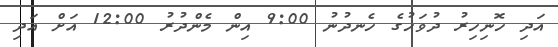
އަދި ހޮނިހިރު ދުވަހުގެ ހެނދުނު 9:00 އިން މެންދުރު 12:00 އަށް އަދި